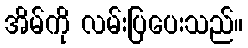
အိမ်ကို လမ်းပြပေးသည်။